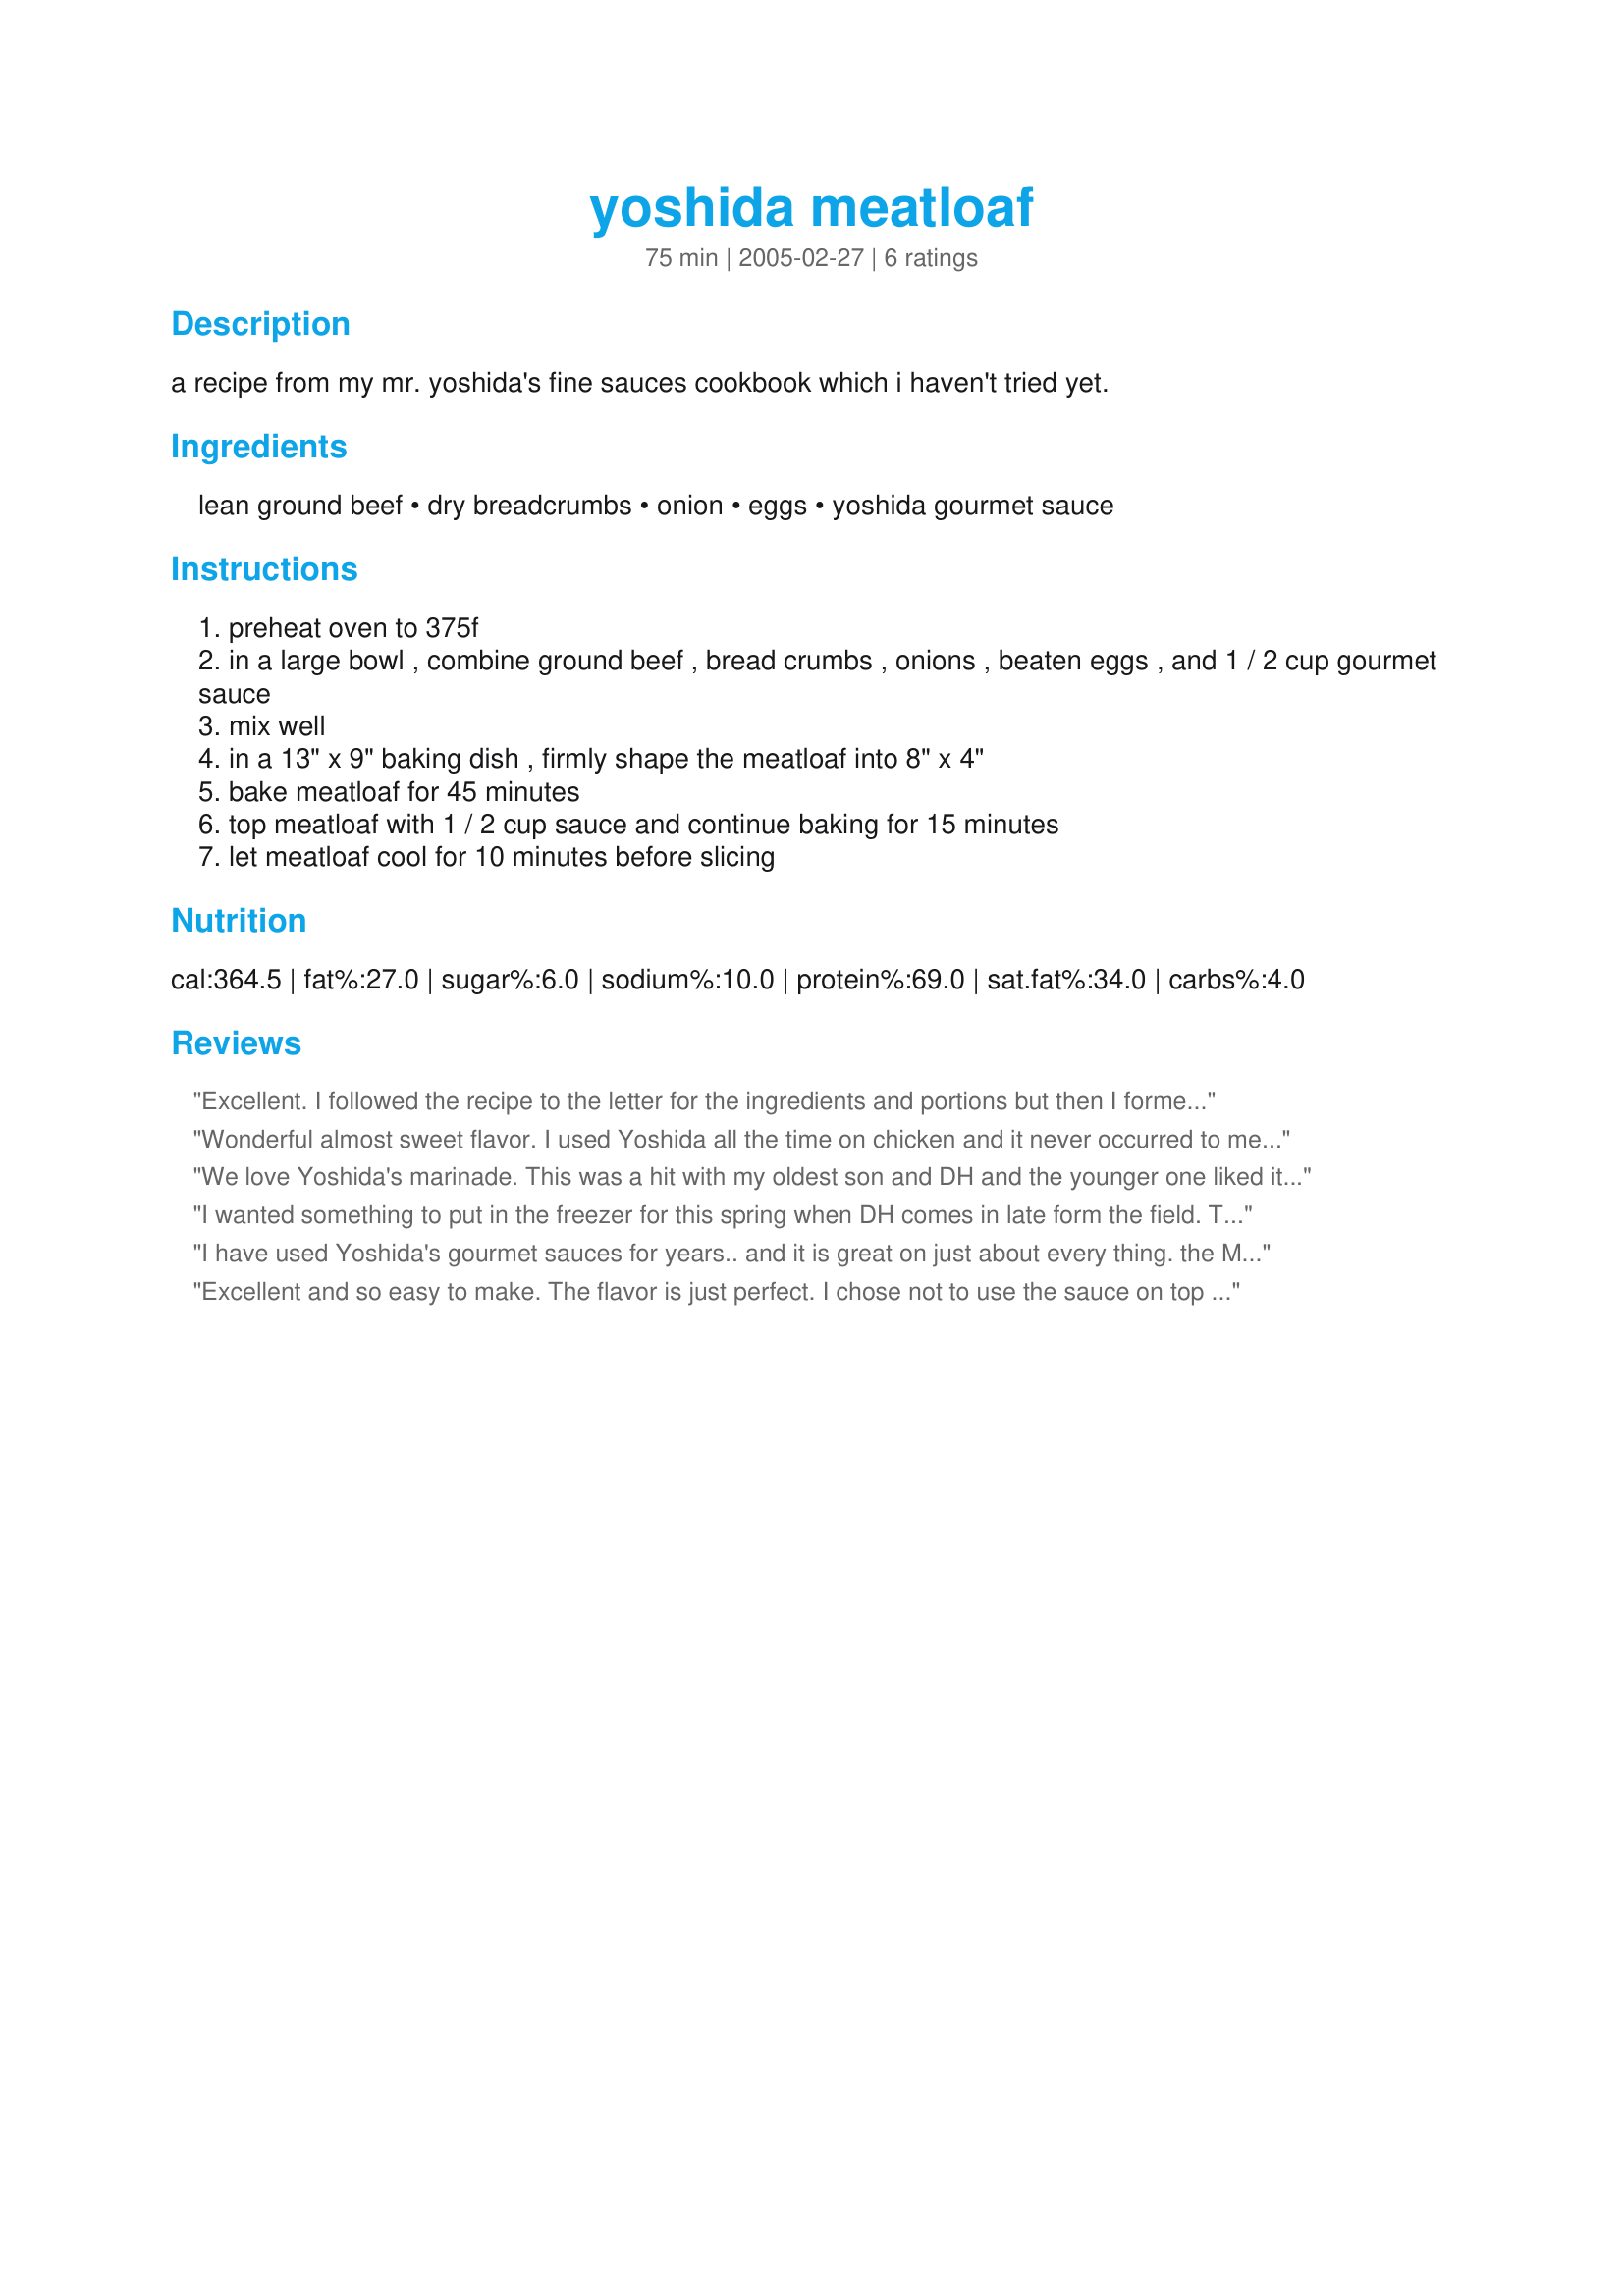
yoshida meatloaf
Preparation time: 75 minutes

a recipe from my mr. yoshida's fine sauces cookbook which i haven't tried yet.

Ingredients:
lean ground beef, dry breadcrumbs, onion, eggs, yoshida gourmet sauce

Steps:
preheat oven to 375f
in a large bowl , combine ground beef , bread crumbs , onions , beaten eggs , and 1 / 2 cup gourmet sauce
mix well
in a 13" x 9" baking dish , firmly shape the meatloaf into 8" x 4"
bake meatloaf for 45 minutes
top meatloaf with 1 / 2 cup sauce and continue baking for 15 minutes
let meatloaf cool for 10 minutes before slicing

Reviews:
Excellent. I followed the recipe to the letter for the ingredients and portions but then I formed four smaller loafs and then wrapped each with two tissue paper thin slices of prosciutto. From there I got back on recipe and baked for 35 minutes, then basted, put back in for 10 more minutes. Then removed from oven to rest.&lt;br/&gt;&lt;br/&gt;WOW! It was fantastic!
Wonderful almost sweet flavor. I used Yoshida all the time on chicken and it never occurred to me to use on beef. THANKS!
We love Yoshida's marinade. This was a hit with my oldest son and DH and the younger one liked it too but wasn't keen on the onion flecks. I'll chop them more finely next time and maybe even saute them first. I didn't make the glaze on top and baked it for an hour. Super easy to make. Went well with mashed potatoes. Thanks for posting!
I wanted something to put in the freezer for this spring when DH comes in late form the field. This was easy to mix up. I baked it, cooled it, cut it into slices and wrapped it to place in the freezer for later. But of course I had to have a piece first. :-) Yum, it is very good. HouseDragon was kind enough to send me a bottle of the Yoshida sauce 2 springs ago. I have just enough to make her burger recipe tomorrow night. I adopted this Chef for the *Spring PAC 2008* game
I have used Yoshida's gourmet sauces for years.. and it is great on just about every thing. the Meatloaf is always a big hit..
Excellent and so easy to make. The flavor is just perfect. I chose not to use the sauce on top and I think I probably won't do that in the future because this was perfect without it. Thanks so much for sharing. Made for PAC Fall 09 :)
